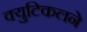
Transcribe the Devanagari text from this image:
क्युटिकलने